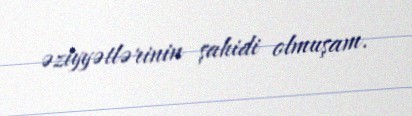
əziyyətlərinin şahidi olmuşam.